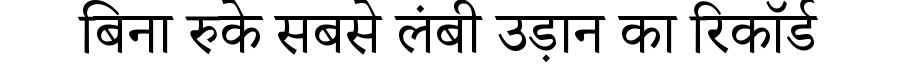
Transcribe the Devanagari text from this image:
बिना रुके सबसे लंबी उड़ान का रिकॉर्ड